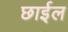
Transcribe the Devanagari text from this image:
छार्इल